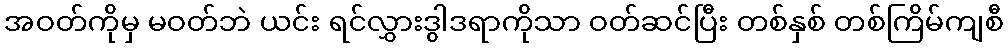
အဝတ်ကိုမှ မဝတ်ဘဲ ယင်း ရင်လွှားဒွါဒရာကိုသာ ဝတ်ဆင်ပြီး တစ်နှစ် တစ်ကြိမ်ကျစီ